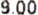
9.00